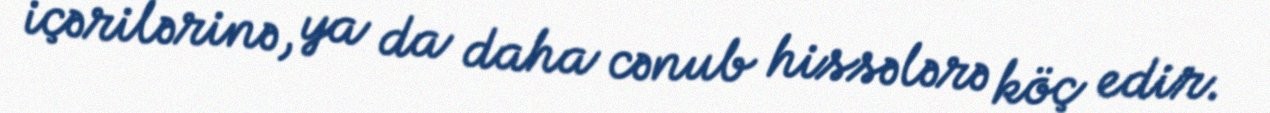
içərilərinə, ya da daha cənub hissələrə köç edir.